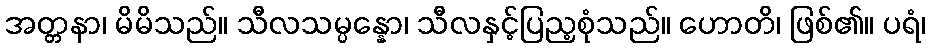
အတ္တနာ၊ မိမိသည်။ သီလသမ္ပန္နော၊ သီလနှင့်ပြည့စုံသည်။ ဟောတိ၊ ဖြစ်၏။ ပရံ၊